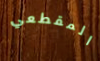
المقطعي